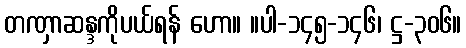
တဏှာဆန္ဒကိုပယ်ရန် ဟော။ ။ပါ-၁၄၅-၁၄၆၊ ဋ္ဌ-၃၀၆။